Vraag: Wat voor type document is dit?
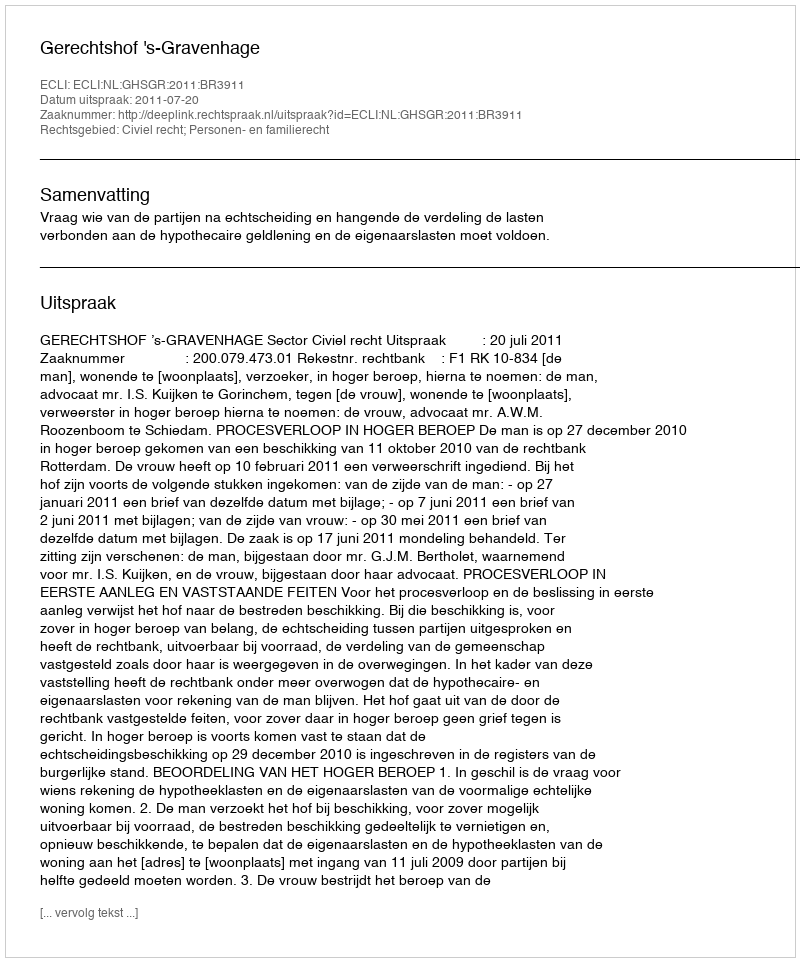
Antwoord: Uitspraak